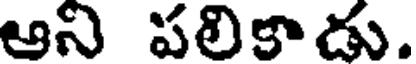
ఆని పలికాడు.